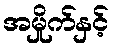
အမှိုက်နှင့်